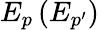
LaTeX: E_{p}\, (E_{p^{\prime}})